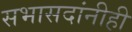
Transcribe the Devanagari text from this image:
सभासदांनीही